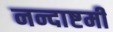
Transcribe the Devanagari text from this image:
नन्दाष्टमी